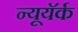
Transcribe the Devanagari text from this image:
न्यूयॅर्क